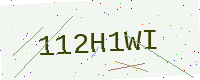
Text: 112H1WI